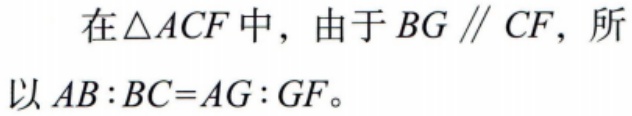
在$\triangle ACF$中，由于$BG \parallel CF$，所以$AB:BC = AG:GF$。